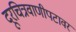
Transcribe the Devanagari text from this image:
दूरचित्रवाणीपटावर